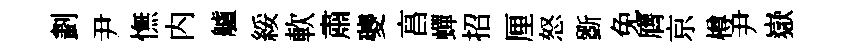
劃尹憮内艫綏軟肅夔亯蟬招厘怒斵免膺京樽尹嶽